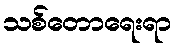
သစ်တောရေးရာ